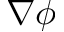
\nabla \phi